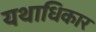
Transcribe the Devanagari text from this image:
यथाधिकार